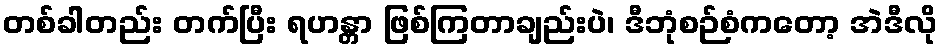
တစ်ခါတည်း တက်ပြီး ရဟန္တာ ဖြစ်ကြတာချည်းပဲ၊ ဒီဘုံစဉ်စံကတော့ အဲဒီလို